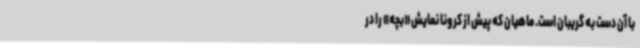
با آن دست به گریبان است. ماهیان که پیش از کرونا نمایش «بچه» را در